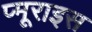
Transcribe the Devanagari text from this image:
प्मूराइस